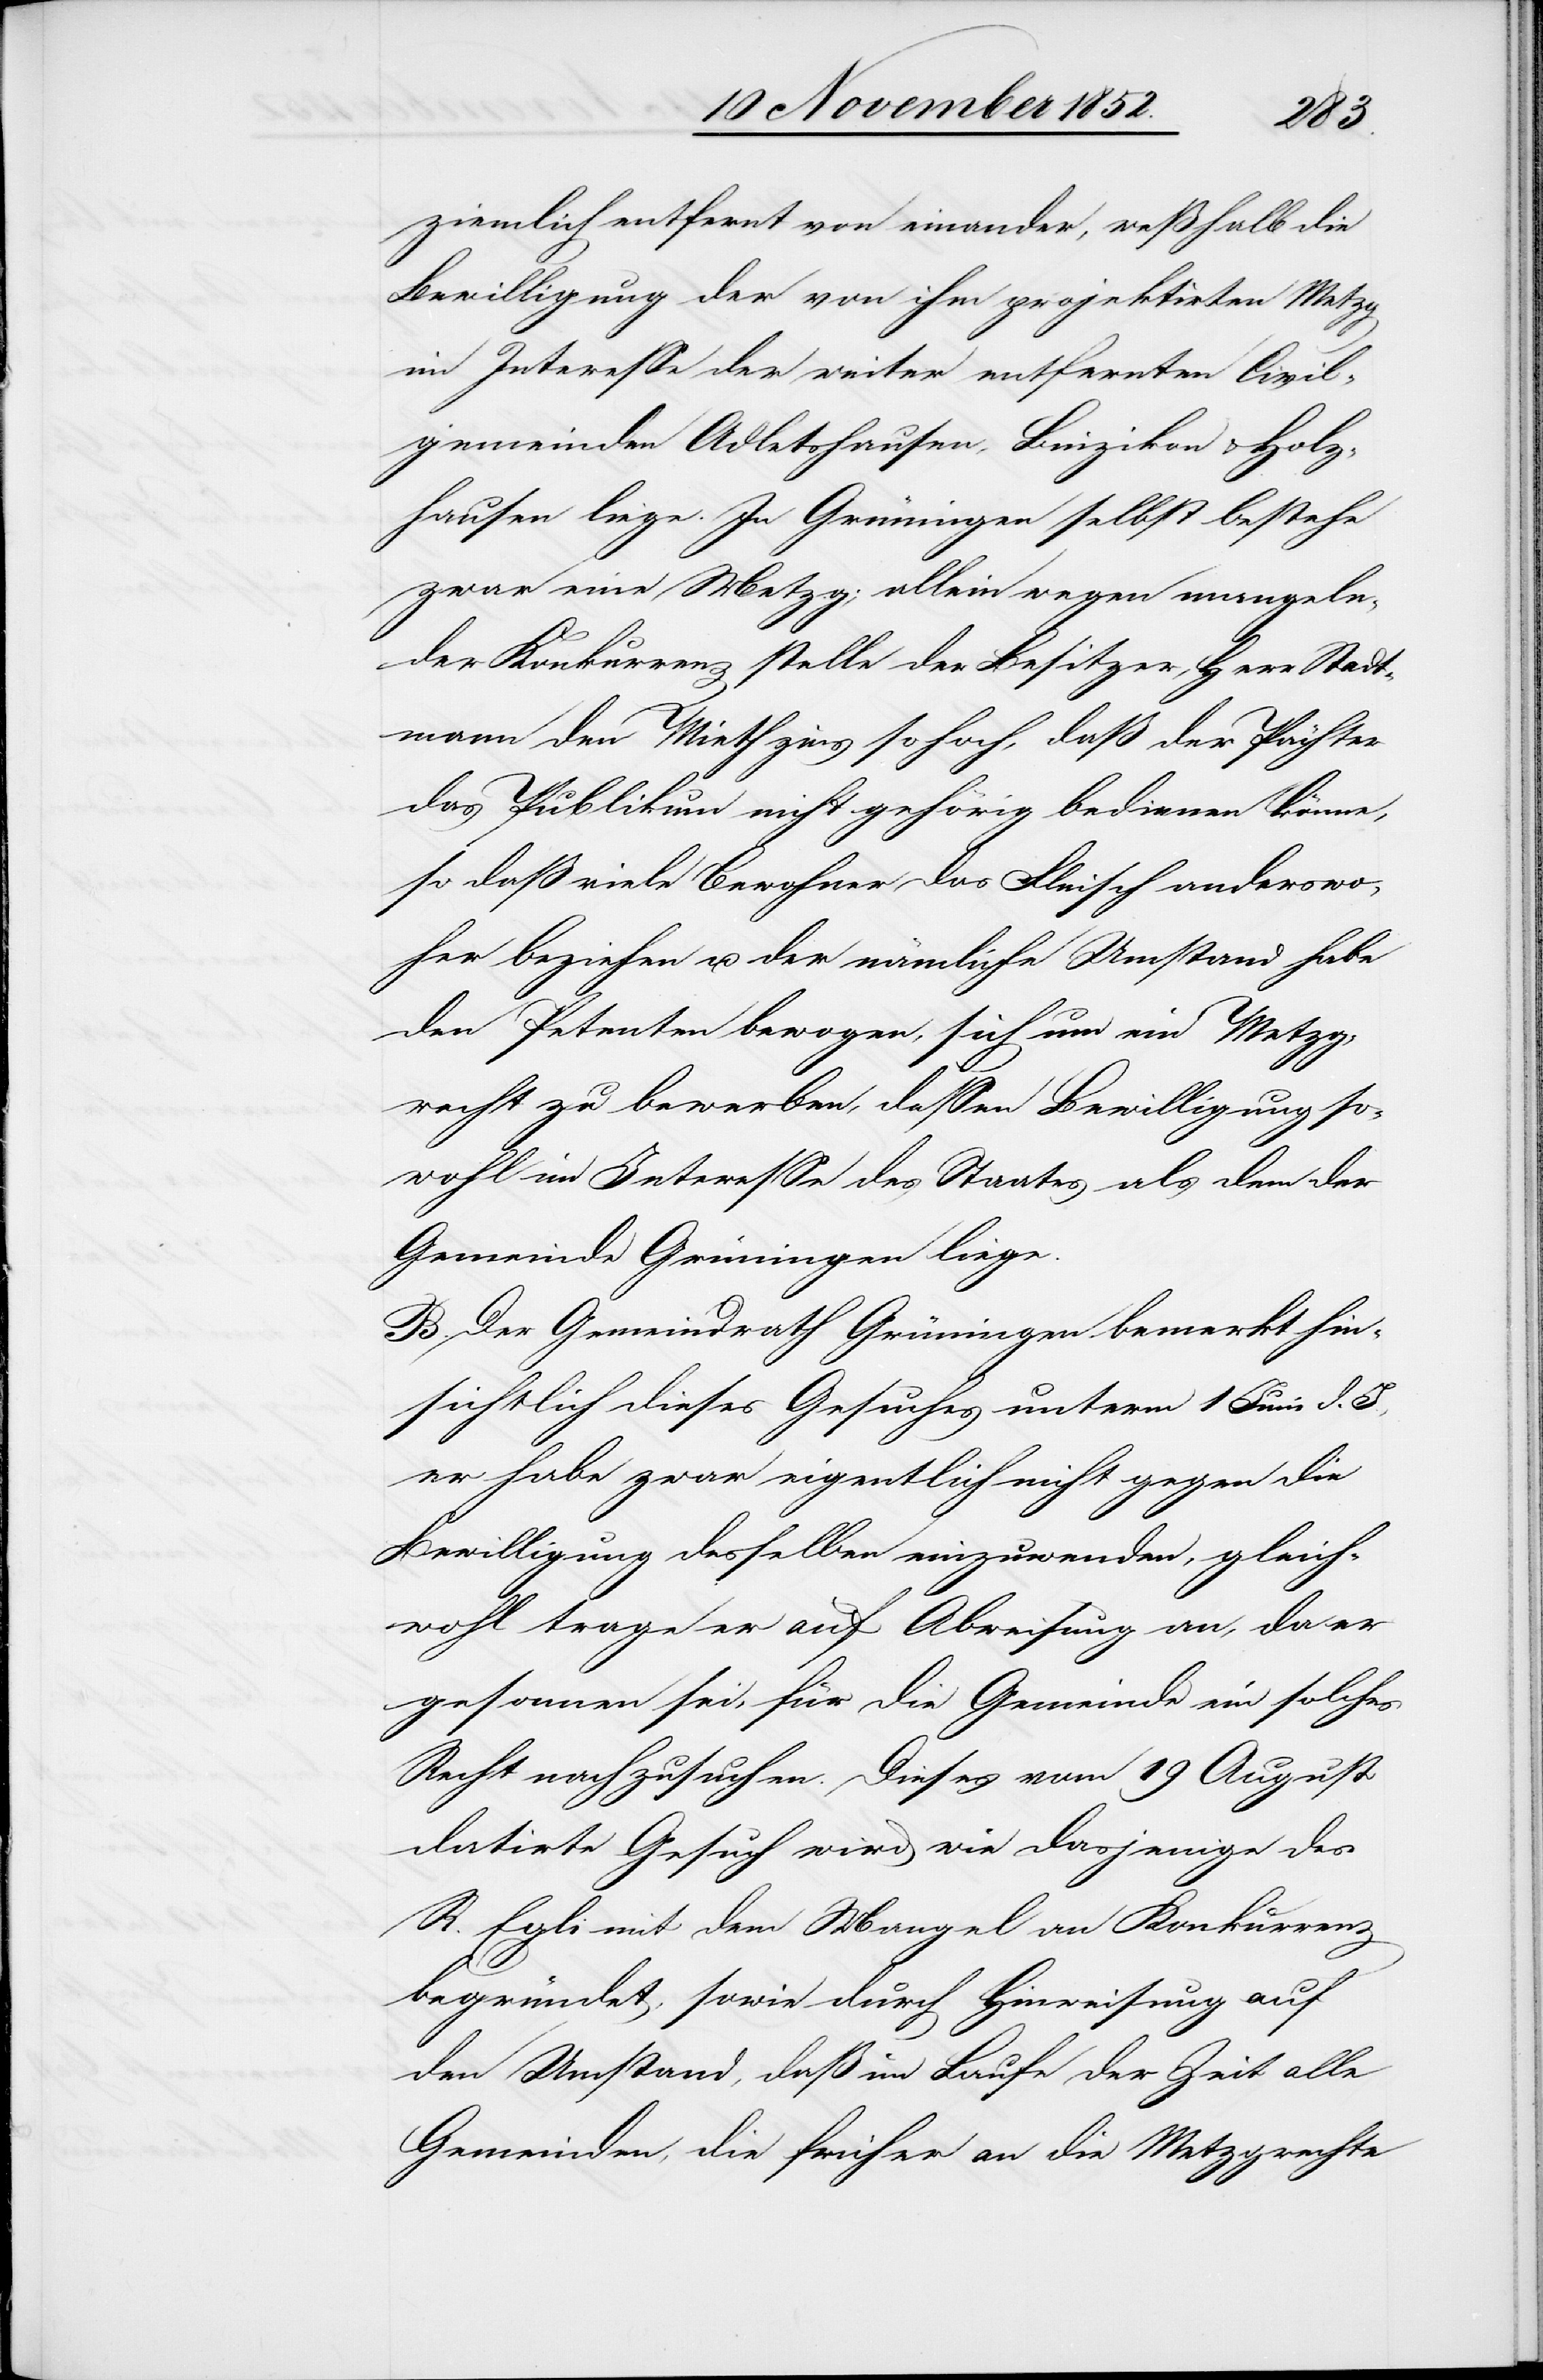
ziemlich entfernt von einander, weßhalb die
Bewilligung der von ihm projektirten Metzg
im Interesse der weiter entfernten Civil¬
gemeinden Adletshausen, Binzikon & Holz¬
hausen liege. In Grüningen selbst bestehe
zwar eine Metzg; allein wegen mangeln¬
der Konkurrenz stelle der Besitzer, Herr Stadt¬
mann den Miethzins so hoch, daß der Pächter
das Publikum nicht gehörig bedienen könne,
so daß viele Bewohner das Fleisch anderswo¬
her beziehen u. der nämliche Umstand habe
den Petenten bewogen, sich um ein Metzg¬
recht zu bewerben, dessen Bewilligung so¬
wohl im Interesse des Staates als dem der
Gemeinde Grüningen liege.
B. Der Gemeindrath Grüningen bemerkt hin¬
sichtlich dieses Gesuches unterm 1 Juni d. J.,
er habe zwar eigentlich nicht[s] gegen die
Bewilligung desselben einzuwenden, gleich¬
wohl trage er auf Abweisung an, da er
gesonnen sei, für die Gemeinde ein solches
Recht nachzusuchen. Dieses vom 19 August
datirte Gesuch wird wie dasjenige des
R. Egli mit dem Mangel an Konkurrenz
begründet, sowie durch Hinweisung auf
den Umstand, daß im Laufe der Zeit alle
Gemeinden, die früher an [recte: